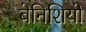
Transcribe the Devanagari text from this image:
बेनिशियो